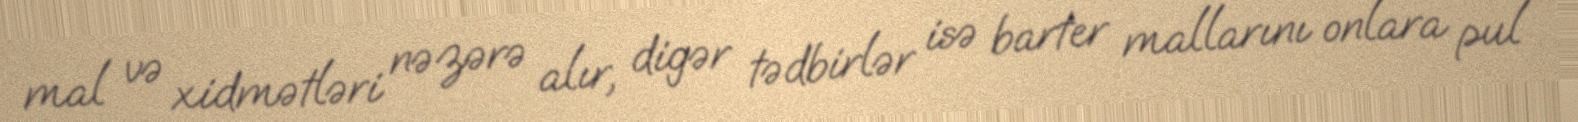
mal və xidmətləri nəzərə alır, digər tədbirlər isə barter mallarını onlara pul